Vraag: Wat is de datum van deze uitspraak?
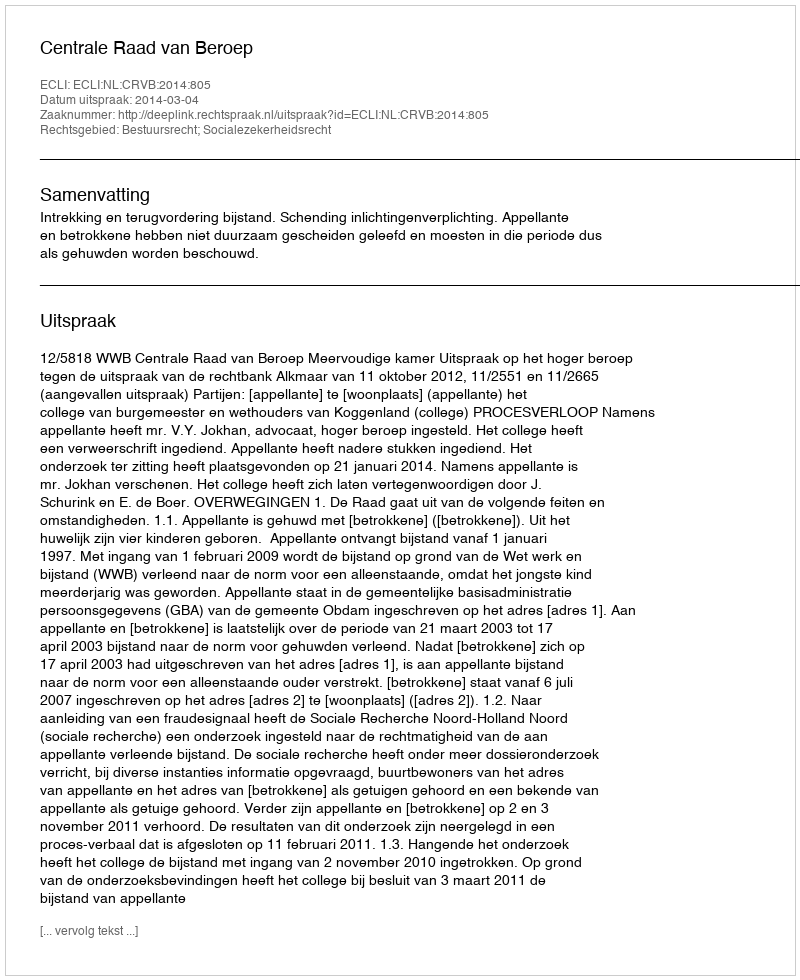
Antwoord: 2014-03-04